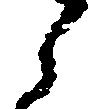
ら